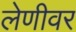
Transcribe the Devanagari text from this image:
लेणीवर